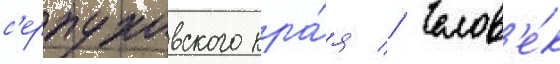
с'ерпуховского кра́я // Челов'е́к